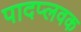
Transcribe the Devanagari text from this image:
पादप्लवक